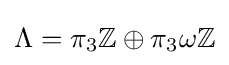
\Lambda =\pi _{3}\mathbb {Z} \oplus \pi _{3}\omega \mathbb {Z}